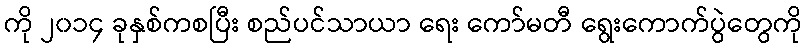
ကို ၂၀၁၄ ခုနှစ်ကစပြီး စည်ပင်သာယာ ရေး ကော်မတီ ရွေးကောက်ပွဲတွေကို